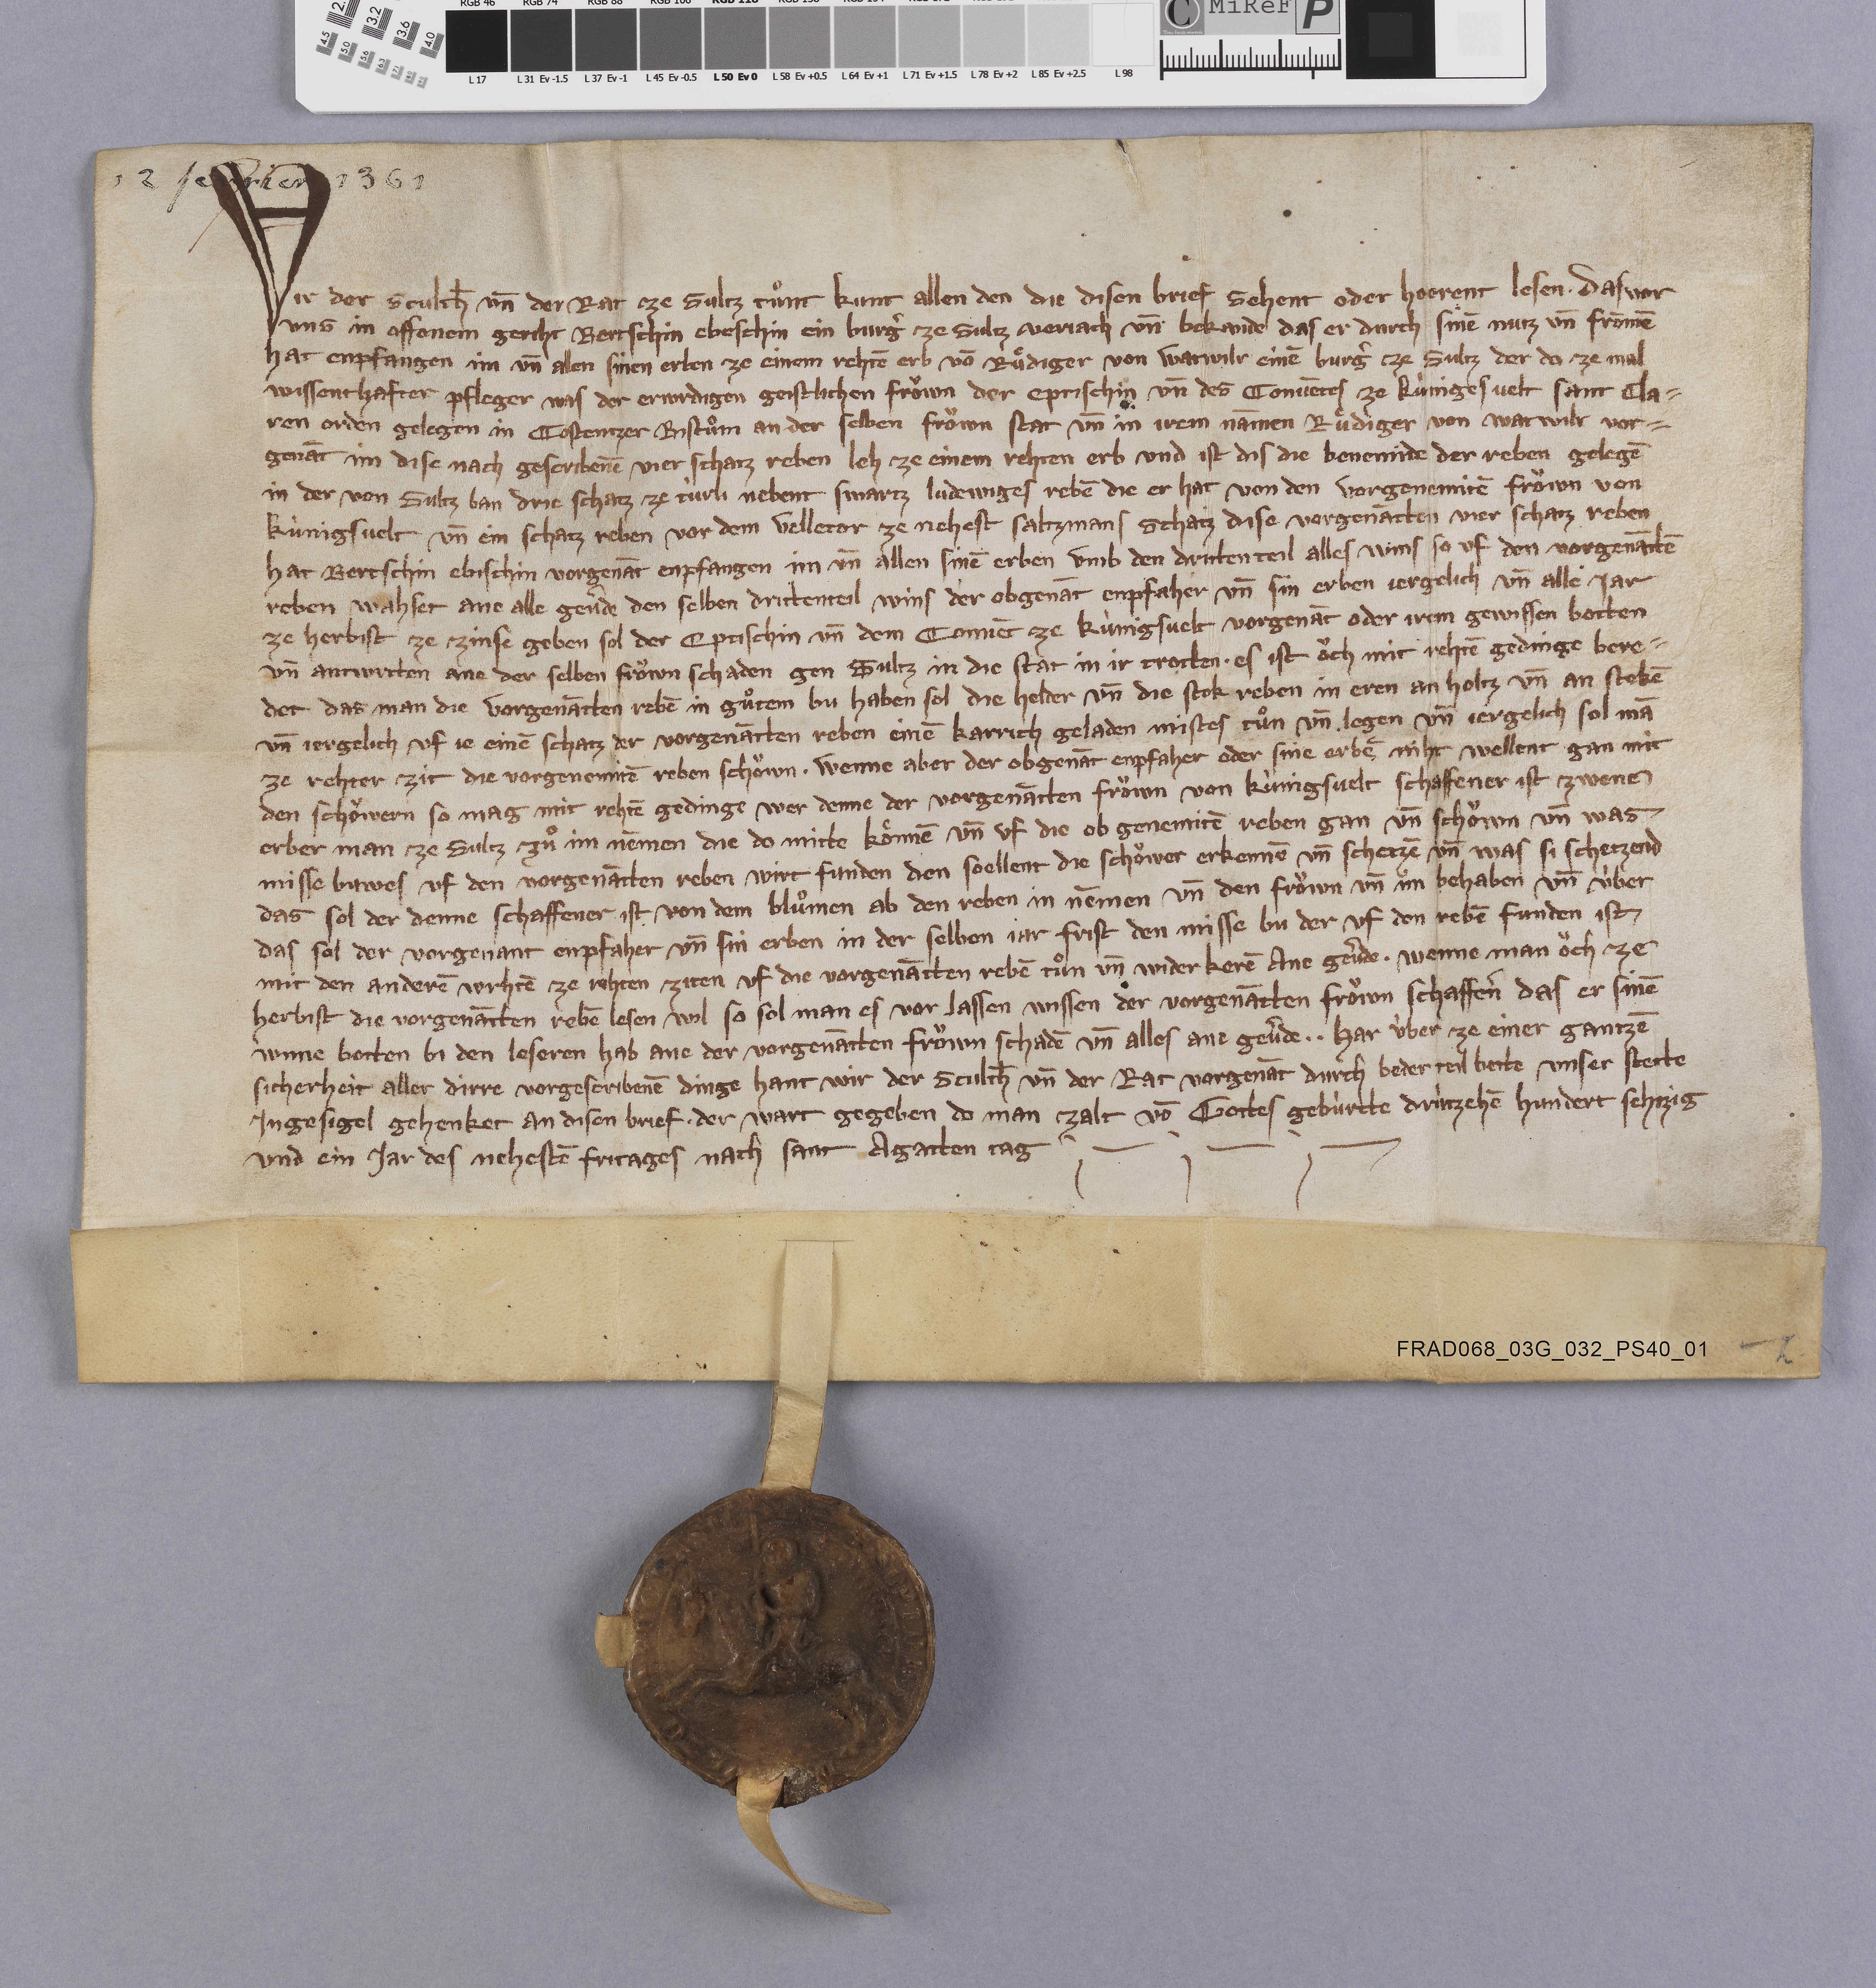
12 février 1361

Wir der sculth̄ un̄ der rat ze Sultz tuͦnt kunt allen den die disen brief sehent oder hoeren lesen ✳ das vor
uns im offenem geriht Bertschin Ebeschin ein burgˀ ze Sultz verjach un̄ bekande das er durch sinē nutz un̄ frōmē
hat enpfangen im un̄ allen sinen erben ze einem rehtē erb vō Ruͤdiger von Watwilr einē burgˀ tze Sultz der da ze mal
wissenthafter pfleger was der erwrdigen geistlichen froͧwn der eptischin un̄ des convētes ze Kùnigesvelt Sant Cla¬
ren orden gelegen in Costentzer bistuͦm an der selben froͧwn stat un̄ in irem nāmen Ruͤdiger von Watwilr vor¬
genāt im dise nach gescribenē vier schatz reben leh ze einem rehten erb. und ist dis die benemide der reben gelegē
in der von Sultz ban drie schatz ze Tùrli nebent Swartz Ludewiges rebē die er hat von den vorggenemitē froͧwn von
Kùnigsvelt un̄ ein schatz reben vor dem Velletor ze nehest Saltzmans schatz dise vorgenātten vier schatz reben
hat Bertschin Ebischin vorgenāt enpfangen im un̄ allen sinē erben umb den dritten teil alles wins so uf den vorgenāttē
reben wahset ane alle gevˀde den selben drittenteil wins der obgenāt enpfaher un̄ sin erben jergelich un̄ alle jar
ze herbist ze zinse geben sol der eptischin un̄ dem convēt ze Kùnigsvelt vorgenāt oder irem gewissen botten
un̄ antwrtten ane der selben froͧwn schaden gen Sultz in die stat in ir trotten ✳ es ist oͧch mit rehtē gedinge bere¬
det das man die vorgenātten rebē in guͦtem bu haben sol die helder un̄ die stok reben in eren an holtz un̄ an stekē
un̄ jergelich uf je einē schatz der vorgenātten reben einē karrich geladen mistes tuͦn un̄ legen un̄ jergelich sol mā
ze rehter zit die vorgenenntē reben schoͧwn ✳ wenne aber der obgenāt enpfaher oder sine erbē niht wellent gan mit
den schoͧwern so mag mit rehtē gedinge wer denne der vorgenātten froͧwn von Kùnigsvelt schaffener ist zwenē
erber man ze Sultz zuͦ im nēmen die do mitte koͤnnē un̄ uf die ob genemitē reben gan un̄ schoͧwn un̄ was
misse buwes uf den vorgenātten reben wirt funden den soellent die schoͧwer erkennē un̄ schetzē un̄ was si schetzend
das sol der denne schaffener ist von dem bluͦmen ab den reben in nēmen un̄ den froͧwn un̄ im behaben un̄ ùber
das sol der vorgenant enpfaher un̄ sin erben in der selben jar frist den misse bu der uf den rebē funden ist
mit den anderē wrhtē ze rehten ziten uf die vorgenātten rebē tuͦn un̄ wider kerē ane gevˀde ✳ wenne man oͧch ze
herbist die vorgenātten rebē lesen wil so sol man es vor lassen wissen der vorgenātten froͧwn schaffenˀ das er sinē
wnne botten bi den leseren hab ane der vorgenātten froͧwn schadē un̄ alles ane gevˀde ✳ ✳ har ùber ze einer gantzē
sicherheit aller dirre vorgescribenē dinge hant wir der sculth̄ un̄ der rat vorgenāt durch beder teil bette unser stette
ingesigel gehenket an disen brief ✳ der wart gegeben do man zalt vō gottes gebùrtte drùzehē hundert sehtzig
und ein jar des nehestē fritages nach sant Agatten tag. ✳